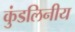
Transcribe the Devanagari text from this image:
कुंडलिनीय